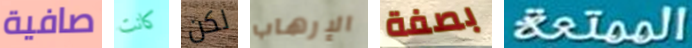
صافية كانت لكن الإرهاب بصفة الممتعة